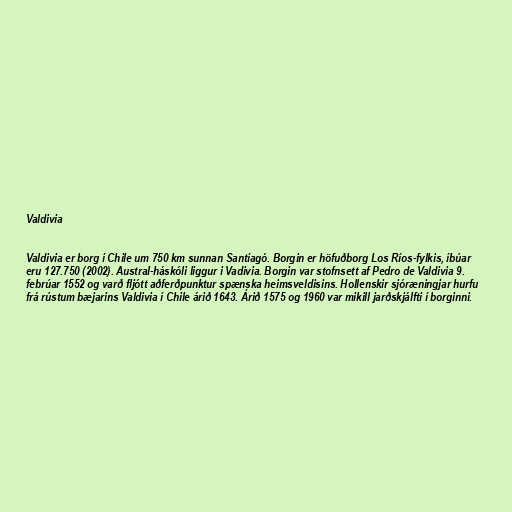
Valdivia

Valdivia er borg í Chile um 750 km sunnan Santíagó. Borgin er höfuðborg Los Ríos-fylkis, íbúar
eru 127.750 (2002). Austral-háskóli liggur i Vadivia. Borgin var stofnsett af Pedro de Valdivia 9.
febrúar 1552 og varð fljótt aðferðpunktur spænska heimsveldisins. Hollenskir sjóræningjar hurfu
frá rústum bæjarins Valdivia í Chile árið 1643. Árið 1575 og 1960 var mikill jarðskjálfti í borginni.